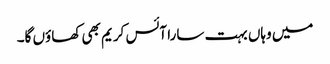
میں وہاں بہت سارا آئس کریم بھی کھاؤں گا۔